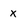
Character: x